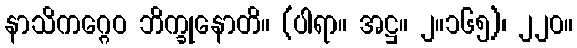
နာသိကဂ္ဂေဝ ဘိက္ခုနောတိ။ (ပါရာ။ အဋ္ဌ။ ၂။၁၆၅)၊ ၂၂၀။